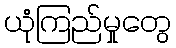
ယုံကြည်မှုတွေ